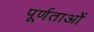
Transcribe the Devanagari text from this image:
पूर्णताओं